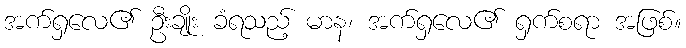
အက်ရှလေ၏ ဦးချိုး ခံရသည့် မာန၊ အက်ရှလေ၏ ရှက်စရာ အဖြစ်။